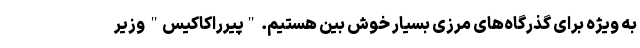
به ویژه برای گذرگاه‌های مرزی بسیار خوش بین هستیم. "پیرراکاکیس" وزیر